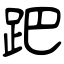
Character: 跁